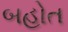
બહોત